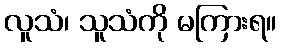
လူသံ၊ သူသံကို မကြားရ။